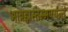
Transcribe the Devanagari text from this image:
आब्रह्मस्तम्भपर्यन्तं